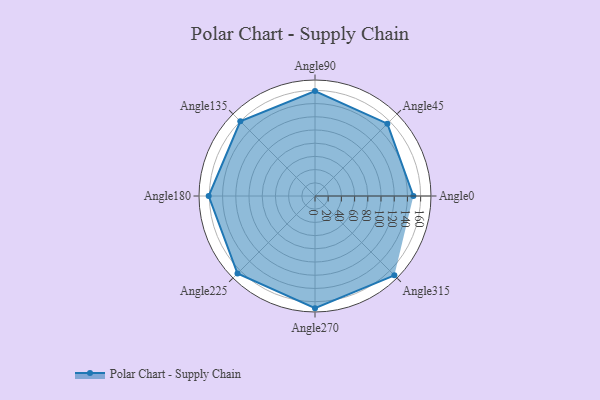
{"axis": {"x": "Angle", "y": "Radius"}, "legend": [""], "data": [{"x": "Angle0", "y": 149.0, "type": ""}, {"x": "Angle45", "y": 155.0, "type": ""}, {"x": "Angle90", "y": 159.0, "type": ""}, {"x": "Angle135", "y": 160.0, "type": ""}, {"x": "Angle180", "y": 161.0, "type": ""}, {"x": "Angle225", "y": 166.0, "type": ""}, {"x": "Angle270", "y": 170, "type": ""}, {"x": "Angle315", "y": 170, "type": ""}]}